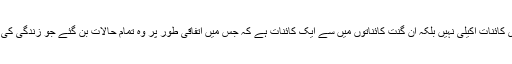
اس تھیوری کے مطابق ہماری کائنات اکیلی نہیں بلکہ ان گنت کائناتوں میں سے ایک کائنات ہے کہ جس میں اتفاقی طور پر وہ تمام حالات بن گئے جو زندگی کی پیدائش کے لیے موزوں تھے۔